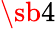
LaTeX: \sb{4}